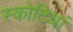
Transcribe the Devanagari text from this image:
स्कोटियां